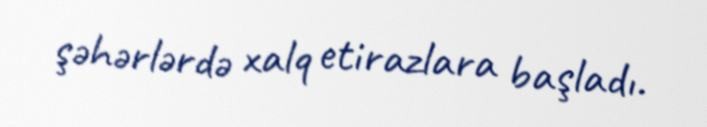
şəhərlərdə xalq etirazlara başladı.